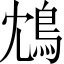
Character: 鴆